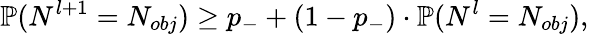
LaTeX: \mathbb{P}(N^{l+1}=N_{obj})\ge p_{-}+(1-p_{-})\cdot\mathbb{P}(N^{l}=N_{obj}),